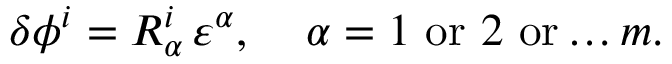
\delta \phi ^ { i } = R _ { \alpha } ^ { i } \, \varepsilon ^ { \alpha } , \; \; \; \; \alpha = 1 \, \, \mathrm { o r } \, \, 2 \, \, \mathrm { o r } \ldots m .